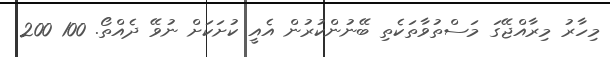
މިހާރު މިރާއްޖޭގަ މަސްތުވާތަކެތި ބޭނުންކުރުން އެއީ ކުށަކަށް ނުވޭ ދެއްތޯ. 100 200